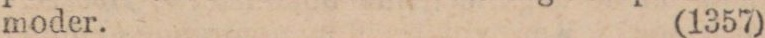
moder. (1357)